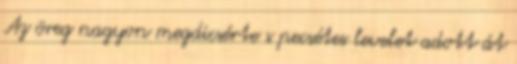
Az öreg nagyon megdicsérte s pecsétes levelet adott át